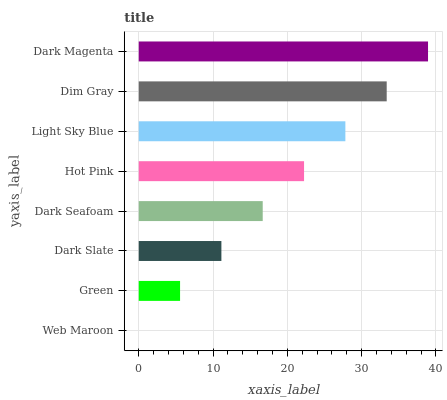
| yaxis_label | bars |
 | --- | --- |
 | Web Maroon | 0 |
 | Green | 5.56 |
 | Dark Slate | 11.1 |
 | Dark Seafoam | 16.7 |
 | Hot Pink | 22.3 |
 | Light Sky Blue | 27.8 |
 | Dim Gray | 33.4 |
 | Dark Magenta | 38.9 |